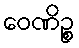
ဝေဏိဉ္စ